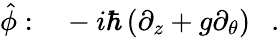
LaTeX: \hat{\phi}:\ \ \ -i\hbar\left(\partial_{z}+g\partial_{\theta}\right)\ \ \ .